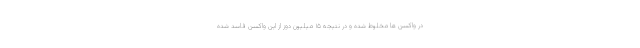
در واکسن ها مخلوط شده و در نتیجه ۱۵ میلیون دوز از این واکسن فاسد شده